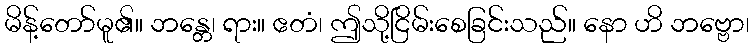
မိန့်တော်မူ၏။ ဘန္တေ၊ ရား။ ဧတံ၊ ဤသို့ငြိမ်းစေခြင်းသည်။ နော ဟိ ဘဗ္ဗော၊